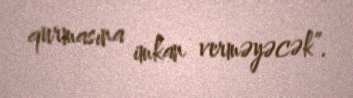
qurmasına imkan verməyəcək”.